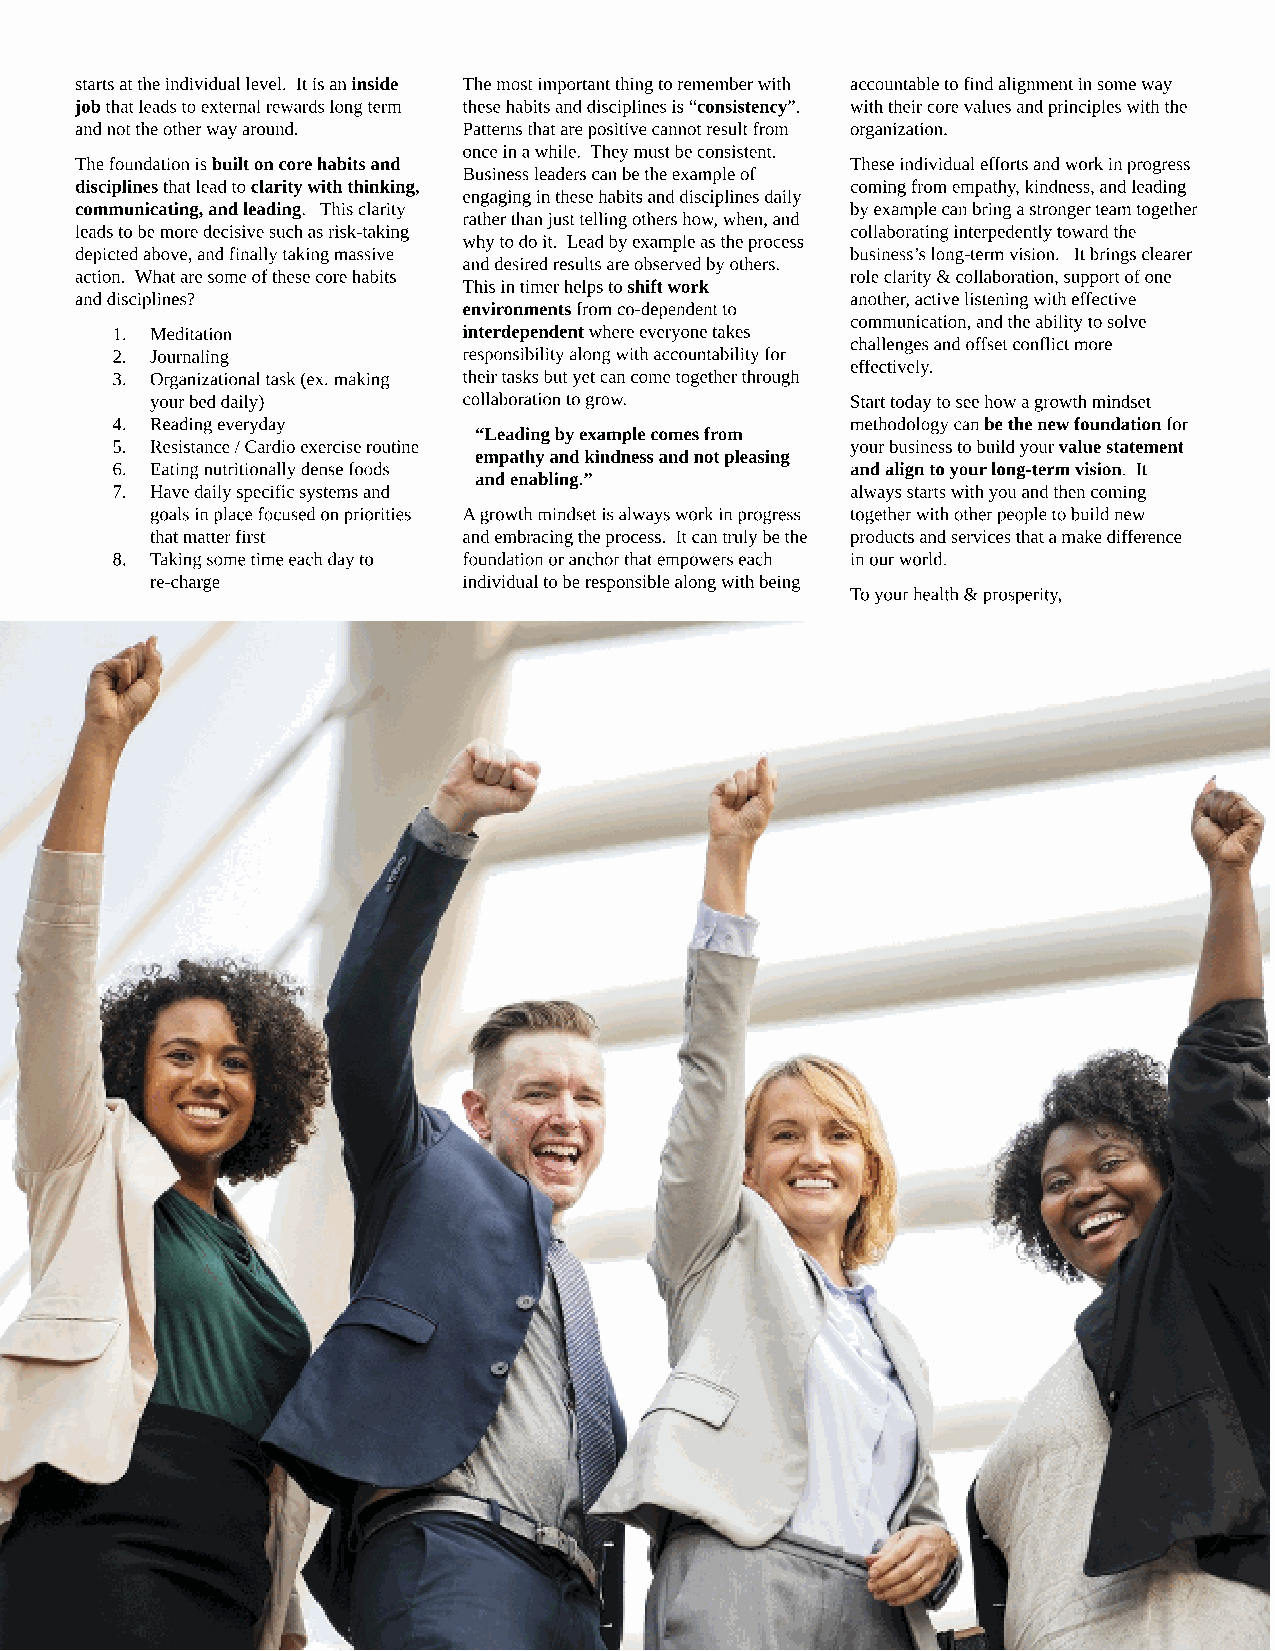
starts at the individual level. It is an inside The most important thing to remember with accountable to find alignment in some way
 job that leads to external rewards long term these habits and disciplines is ?consistency?. with their core values and principles with the
 and not the other way around. Patterns that are positive cannot result from organization.
 once in a while. They must be consistent.
 The foundation is built on core habits and         These individual efforts and work in progress
 Business leaders can be the example of
 disciplines that lead to clarity with thinking,    coming from empathy, kindness, and leading
 engaging in these habits and disciplines daily
 communicating, and leading. This clarity           by example can bring a stronger team together
 rather than just telling others how, when, and
 leads to be more decisive such as risk-taking      collaborating interpedently toward the
 why to do it. Lead by example as the process
 depicted above, and finally taking massive         business?s long-term vision. It brings clearer
 and desired results are observed by others.
 action. What are some of these core habits         role clarity & collaboration, support of one
 This in timer helps to shift work
 and disciplines?                                   another, active listening with effective
 environments from co-dependent to
 communication, and the ability to solve
 1. Meditation           interdependent where everyone takes
 challenges and offset conflict more
 2. Journaling           responsibility along with accountability for
 effectively.
 3. Organizational task (ex. making their tasks but yet can come together through
 your bed daily)      collaboration to grow.   Start today to see how a growth mindset
 4. Reading everyday                              methodology can be the new foundation for
 ?Leading by example comes from
 5. Resistance / Cardio exercise routine          your business to build your value statement
 empathy and kindness and not pleasing
 6. Eating nutritionally dense foods              and align to your long-term vision. It
 and enabling.?
 7. Have daily specific systems and               always starts with you and then coming
 goals in place focused on priorities A growth mindset is always work in progress together with other people to build new
 that matter first    and embracing the process. It can truly be the products and services that a make difference
 8. Taking some time each day to foundation or anchor that empowers each in our world.
 re-charge            individual to be responsible along with being
 To your health & prosperity,